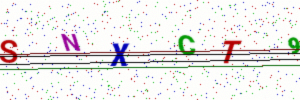
Text: SNXCT9